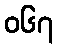
၀၆၇